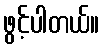
ဖွင့်ပါတယ်။